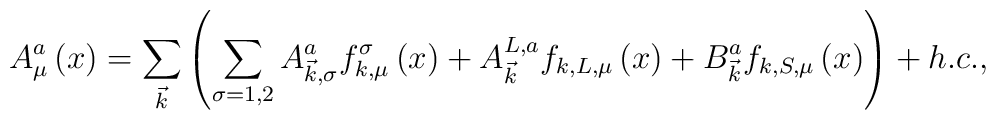
A_\mu ^a\left(x\right)=\sum\limits_{\vec{k}}\left(\sum\limits_{\sigma=1,2}A_{\vec{k},\sigma }^af_{k,\mu }^\sigma \left(x\right)+A_{\vec{k} }^{L,a}f_{k,L,\mu }\left(x\right)+B_{\vec{k}}^af_{k,S,\mu }\left(x\right) \right)+h.c.,